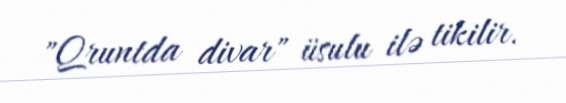
"Qruntda divar" üsulu ilə tikilir.